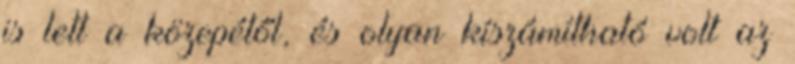
is lett a közepétől, és olyan kíszámítható volt az